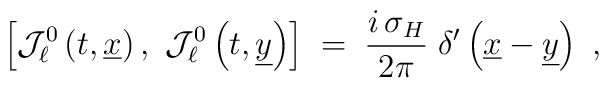
\left[ {\mathcal J}_\ell^0 \left( t, \underline{x}\right), ~{\mathcal    J}_\ell^0 \left( t, \underline{y}\right)\right] \;=\; \frac{i\,\sigma_H}{2\pi}\; \delta' \left( \underline{x} - \underline{y}\right)~,